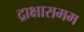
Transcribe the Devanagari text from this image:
द्राक्षारामम